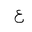
Letter: _ayn